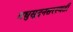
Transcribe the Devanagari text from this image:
मधुसूदनसरस्वती